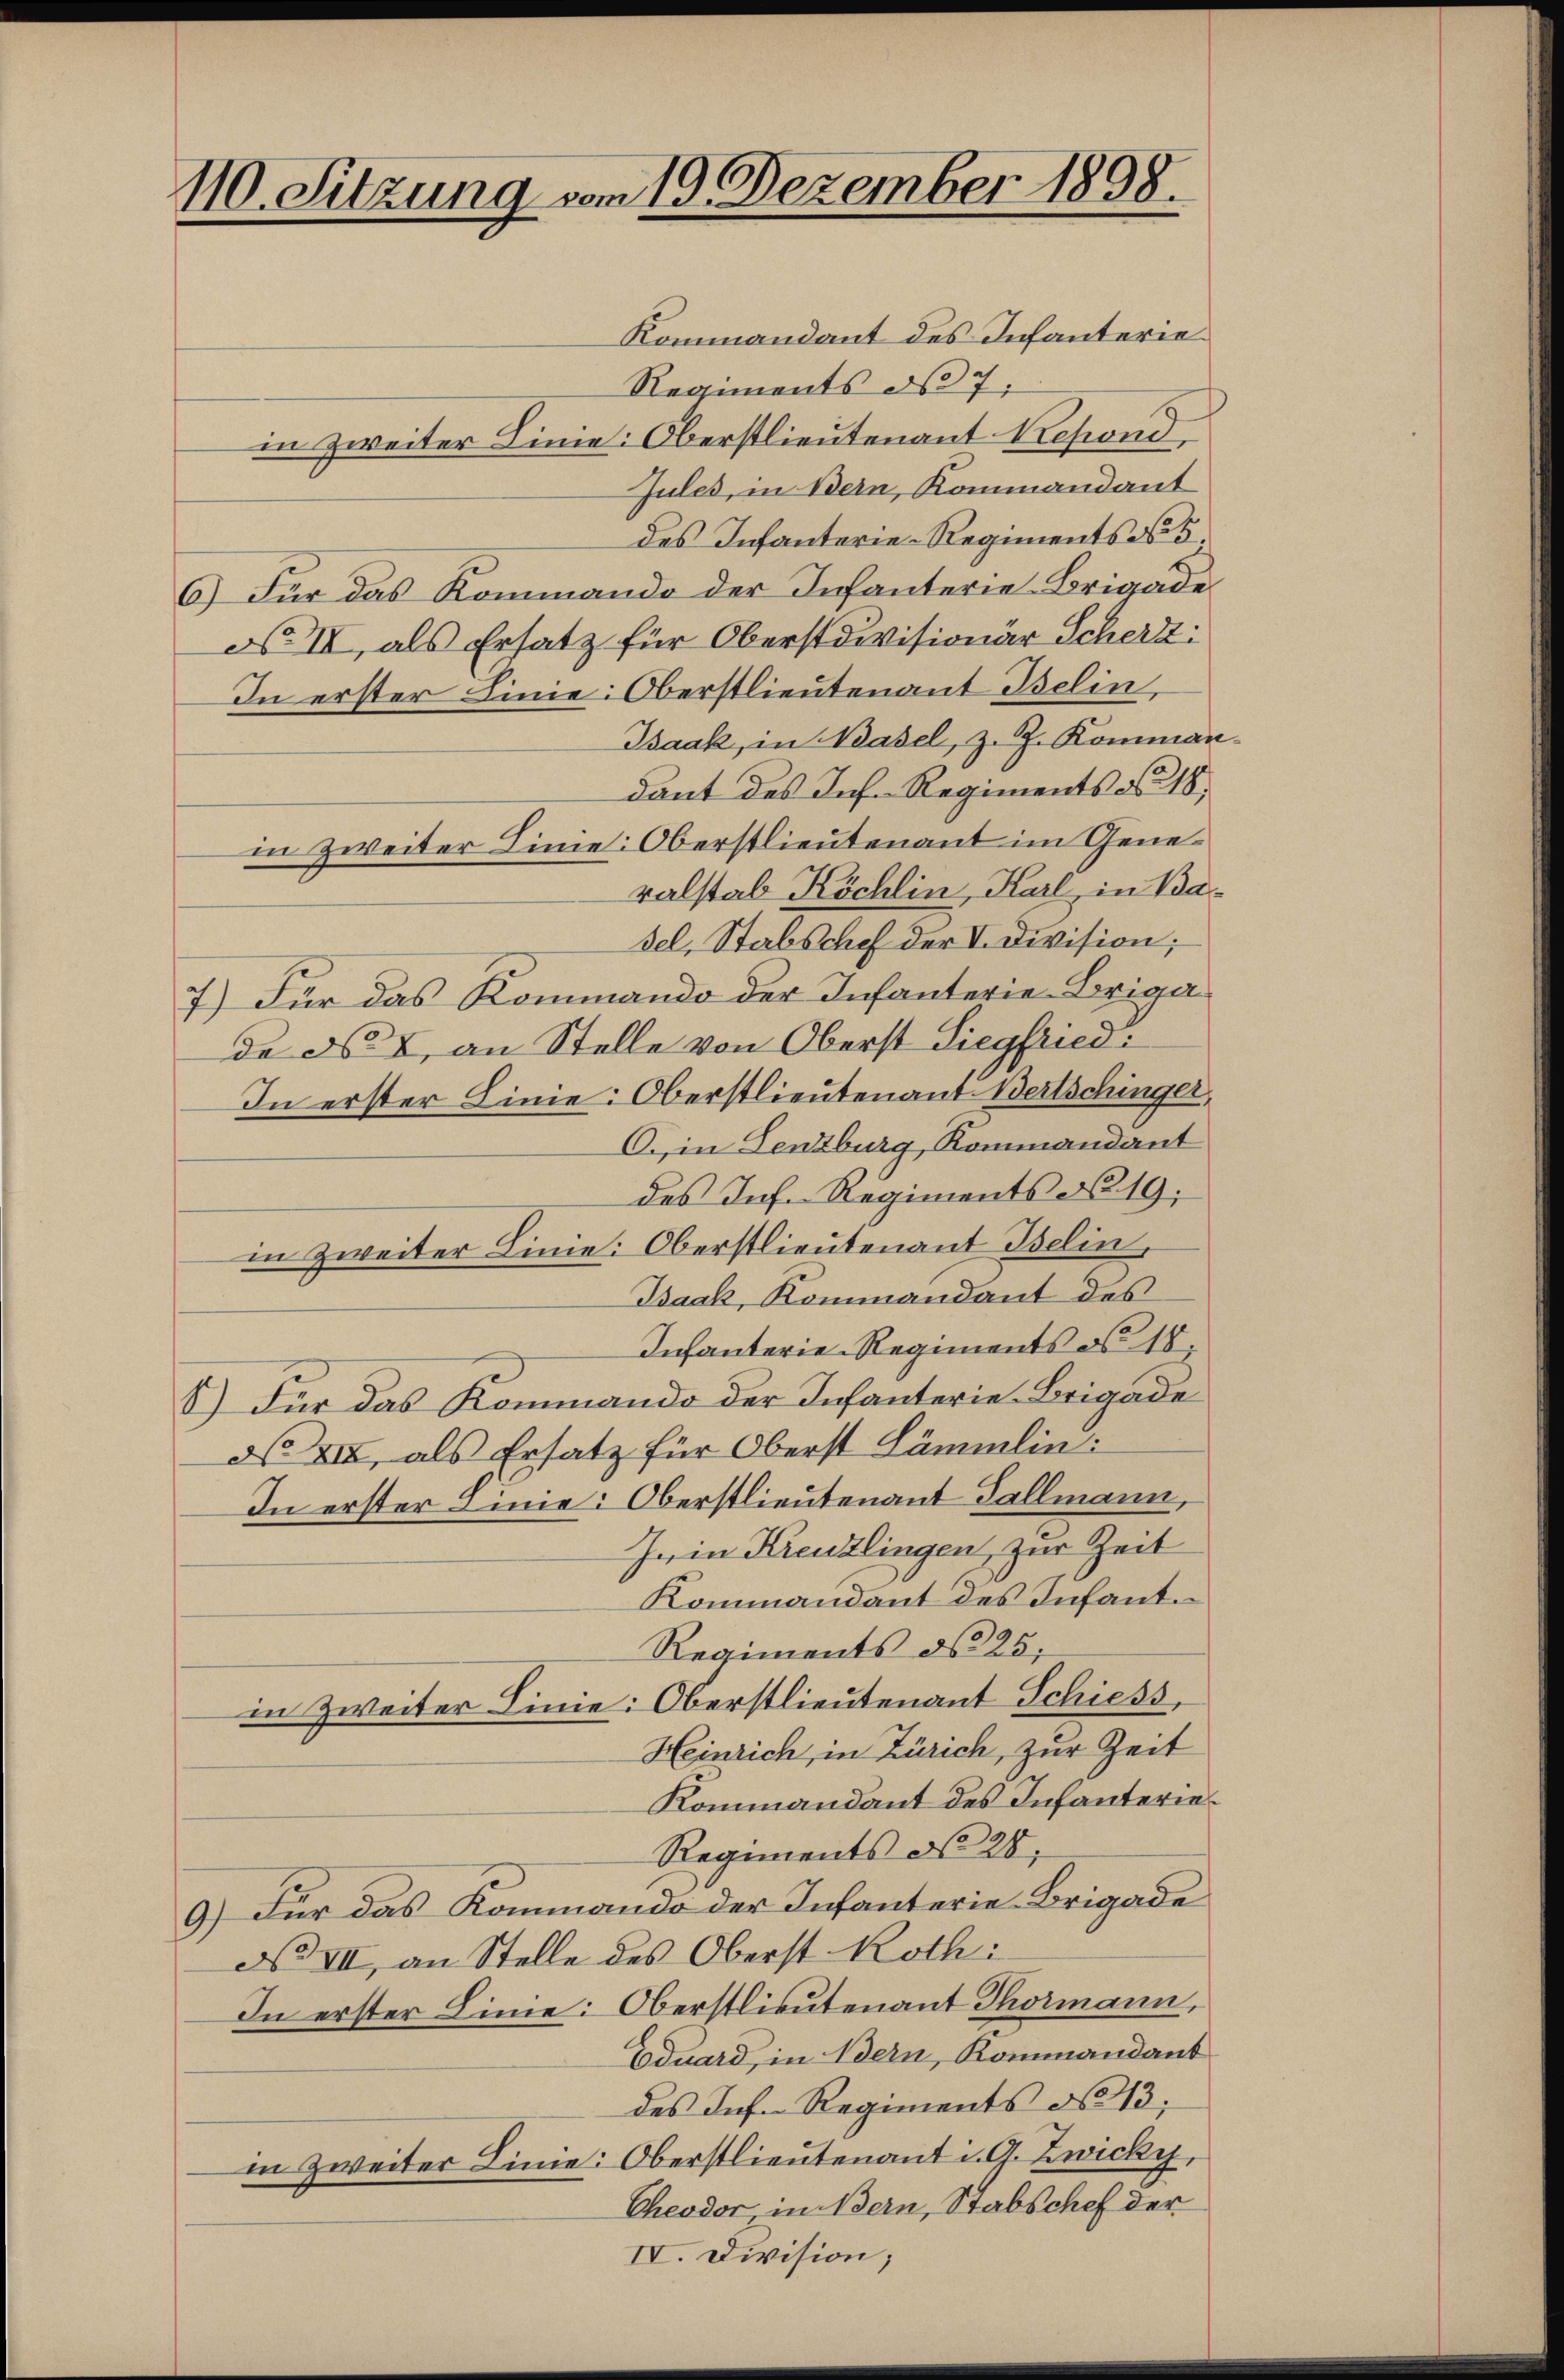
110. Sitzung vom 19. Dezember 1898.

Kommandant des Infanterie
Regiments des 7.
in Zweiter Linie: Oberstlieutenant Refond,
Jules, in Bern, Kommandant
des Infanterie-Regiments No 5.
6) Für das Kommando der Infanterie-Brigade
No III, als Ersatz für Oberstdivisionär Schert:
In erster Linie: Oberstlieutenant Iselin,
Isaak, in Basel, z. Z. Komman
dant des Inf. Regiments No 18
in zweiter Line: Oberstlieutenant im Generalstab Köchlin, Karl, in Basel, Stabschef der V. Division;
7) Für das Kommando der Infanterie-Brigade No 2, an Stelle von Oberst Siegfried:
In erster Line: Oberstlieutenant. Bertschinger,
C. in Lenzburg, Kommandant
des Inf. Regiments No 19;
in Zweiter Linie: Oberstlieutenant Iselin,
Baak, Kommandant des
Infanterie-Regiments d 18.
8) Für das Kommando der Infanterie-Brigade
No VII, als Ersatz für Oberst Lämmlin:
In erster mie: Oberstlieutenant Gallmann,
In in Kreuzlingen, zur Zeit
Kommandant des Infant.
Regiments d. 25;
in Zweiter Linie: Oberstlieutenant Schiess,
Heinrich, in Zürich, zur Zeit
Kommandant des Infanterie¬
Regiments No 28.
9.) Für das Kommando der Infanterie-Brigade
d VII, an Stelle des Oberst Kothi
In erster Linie: Oberstlieutenant Thormann,
Eduard, in dern, Kommandant
des Ins Regiments No 13;
in Zweiter Linie: Oberstlieutenant i. A. Zwicky,
Cheodor, in Bern, Stabschef der
IV. Division;